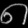
Digit: ၈